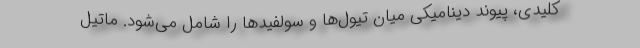
کلیدی، پیوند دینامیکی میان تیول‌ها و سولفیدها را شامل می‌شود. ماتیل